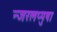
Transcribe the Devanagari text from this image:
न्जरलप्पुषा